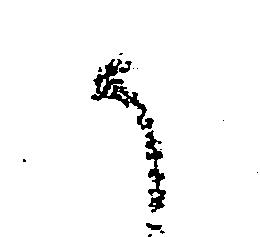
か